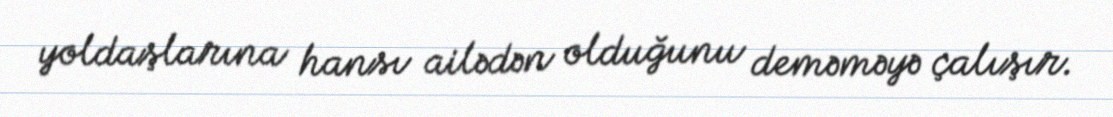
yoldaşlarına hansı ailədən olduğunu deməməyə çalışır.